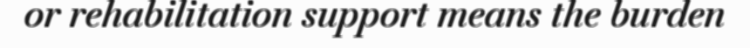
or rehabilitation support means the burden